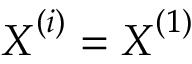
\boldsymbol { X } ^ { ( i ) } = \boldsymbol { X } ^ { ( 1 ) }